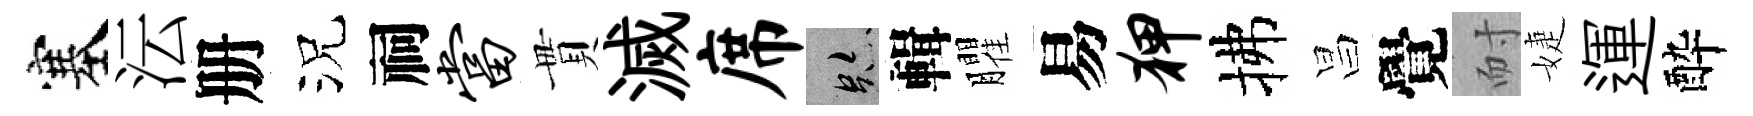
塞沄册況祠当貫滅席跡輯臞易狎拂昌覺耐婕運酔